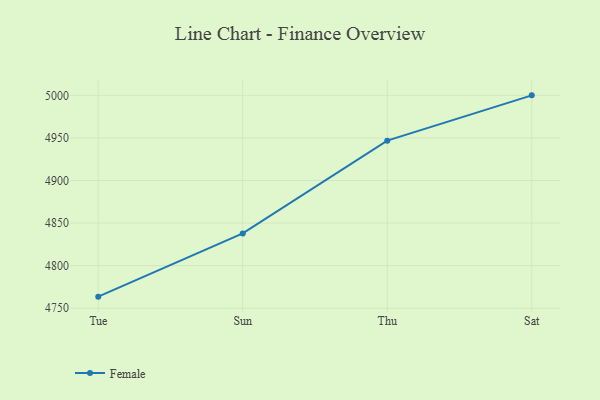
{"axis": {"x": "Day", "y": "Energy Usage (MWh)"}, "legend": ["Female"], "data": [{"x": "Tue", "y": 4763.6, "type": "Female"}, {"x": "Sun", "y": 4837.9, "type": "Female"}, {"x": "Thu", "y": 4946.8, "type": "Female"}, {"x": "Sat", "y": 5000, "type": "Female"}]}